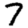
Digit: 7